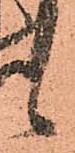
候